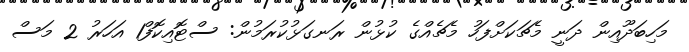
މަހިބަދޫއިން ދަނީ މެޗަކަށްފަހު މެޗެއްގެ ކުޅުން ރަނގަޅުކުރަމުން: ސްޓޮއިކޮފް1 އަހަރު 2 މަސް